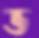
ভ